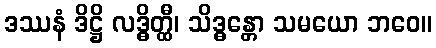
ဒဿနံ ဒိဋ္ဌိ လဒ္ဓိတ္ထီ၊ သိဒ္ဓန္တော သမယော ဘဝေ။